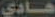
هادي